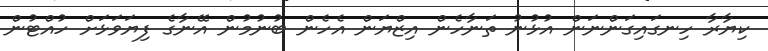
ކިޔާރާ ހިނގައިގަންނަން އުޅުނު ތަނާހެން އިޒްޔަން އެހެން ބުނުމުން އޭނާގެ ފިޔަވަޅަށް ހުއްޓުން